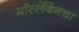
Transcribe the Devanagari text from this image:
मॉर्स्लेबेनचा